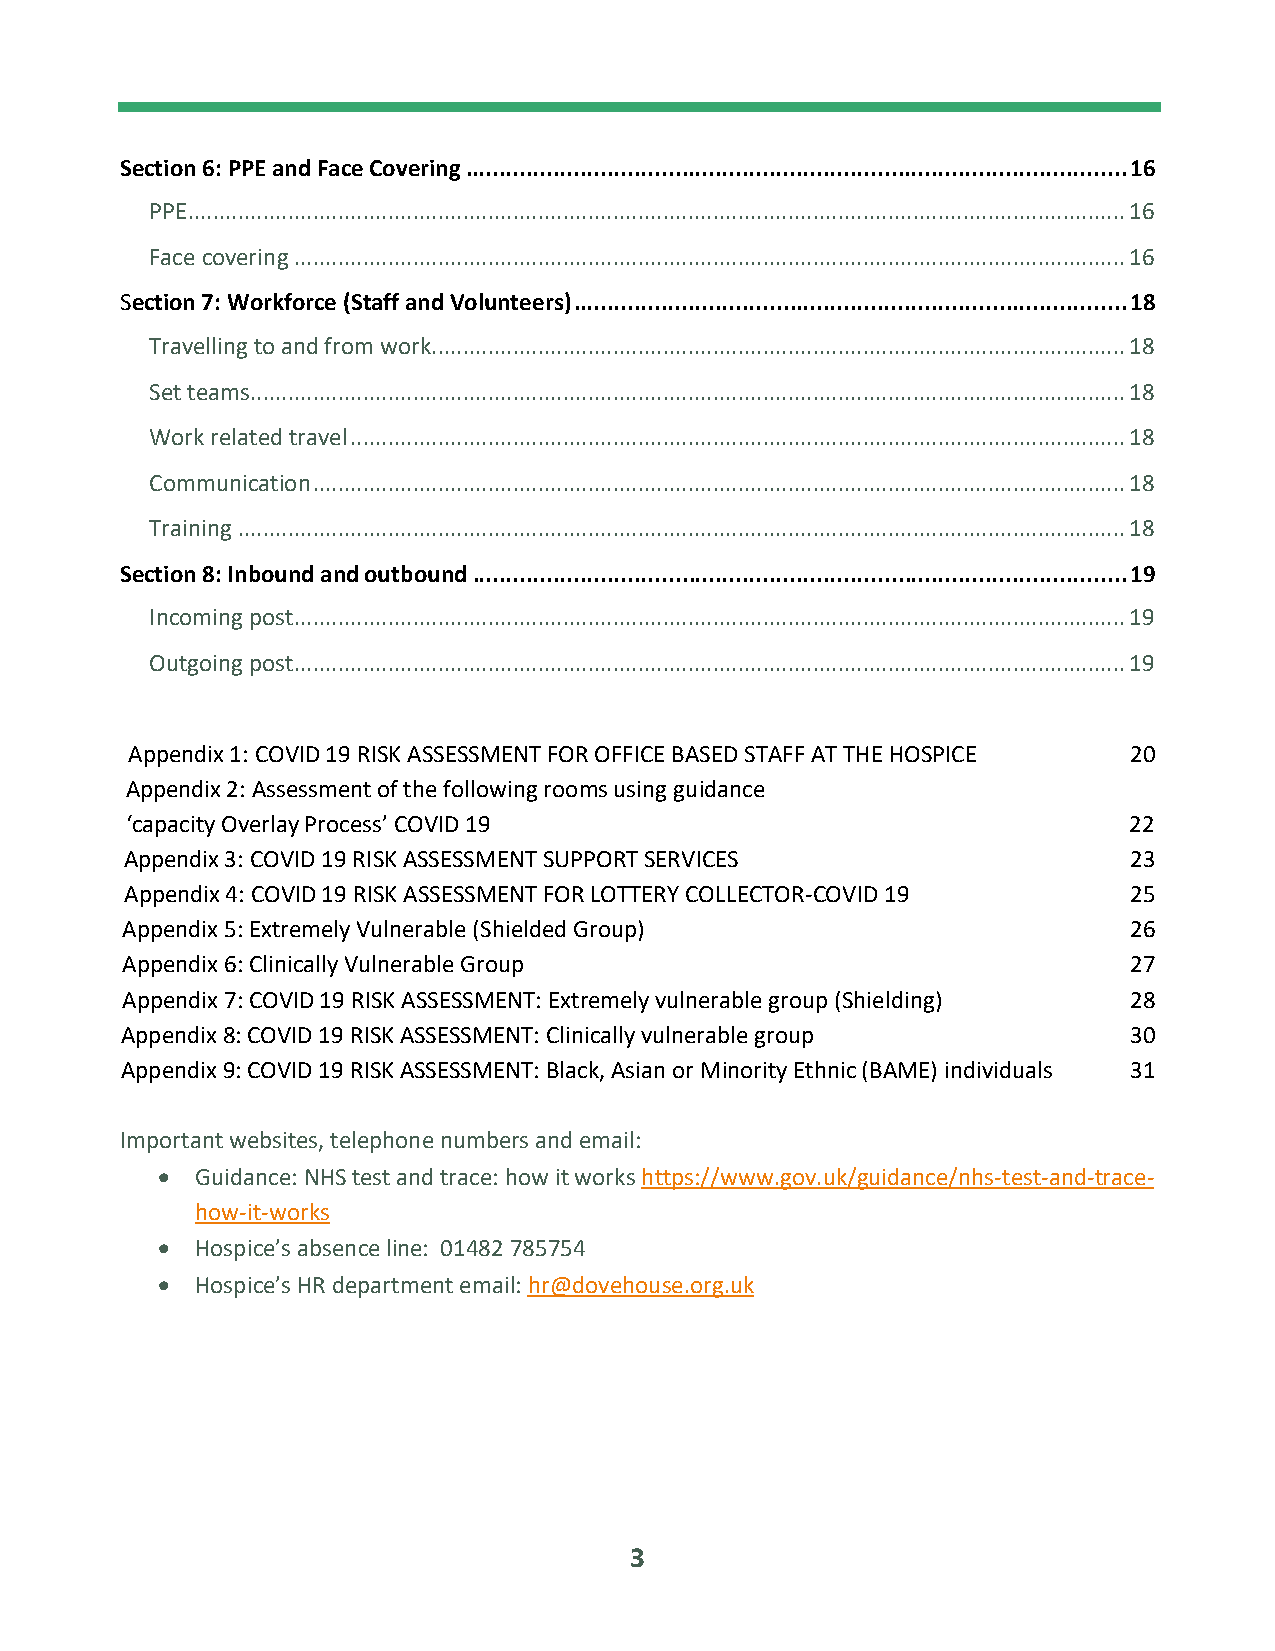
Section 6: PPE and Face Covering .................................................................................................. 16
 PPE ...................................................................................................................................................... 16
 Face covering ..................................................................................................................................... 16
 Section 7: Workforce (Staff and Volunteers) .................................................................................. 18
 Travelling to and from work ............................................................................................................... 18
 Set teams ............................................................................................................................................ 18
 Work related travel ............................................................................................................................ 18
 Communication .................................................................................................................................. 18
 Training .............................................................................................................................................. 18
 Section 8: Inbound and outbound ................................................................................................. 19
 Incoming post ..................................................................................................................................... 19
 Outgoing post ..................................................................................................................................... 19
 Appendix 1: COVID 19 RISK ASSESSMENT FOR OFFICE BASED STAFF AT THE HOSPICE 20
 Appendix 2: Assessment of the following rooms using guidance
 ‘capacity Overlay Process’ COVID 19                                22
 Appendix 3: COVID 19 RISK ASSESSMENT SUPPORT SERVICES              23
 Appendix 4: COVID 19 RISK ASSESSMENT FOR LOTTERY COLLECTOR-COVID 19 25
 Appendix 5: Extremely Vulnerable (Shielded Group)                  26
 Appendix 6: Clinically Vulnerable Group                            27
 Appendix 7: COVID 19 RISK ASSESSMENT: Extremely vulnerable group (Shielding) 28
 Appendix 8: COVID 19 RISK ASSESSMENT: Clinically vulnerable group  30
 Appendix 9: COVID 19 RISK ASSESSMENT: Black, Asian or Minority Ethnic (BAME) individuals 31
 Important websites, telephone numbers and email:
 •  Guidance: NHS test and trace: how it works https://www.gov.uk/guidance/nhs-test-and-trace-
 how-it-works
 •  Hospice’s absence line: 01482 785754
 •  Hospice’s HR department email: hr@dovehouse.org.uk
 3